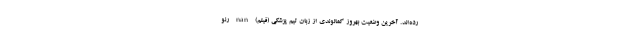
رده‌اند. آخرین وضعیت بهروز کمالوندی از زبان تیم پزشکی (فیلم) nan رنو